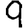
Digit: 9